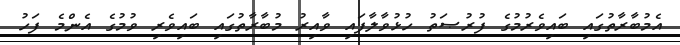
އެމުބާރާތުގައި ބައިވެރުމުގެ ފުރުޞަތު ހުޅުވާލާފައި ވާއިރު މުބާރާތުގައި ބައިވެރި ވުމުގެ އެންމެ ފަހު